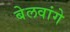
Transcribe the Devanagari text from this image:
बेलवांगे